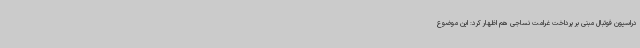
دراسیون فوتبال مبنی بر پرداخت غرامت نساجی هم اظهار کرد: این موضوع